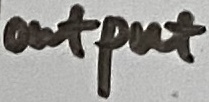
Text: output